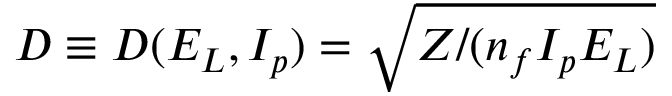
D \equiv D ( E _ { L } , I _ { p } ) = \sqrt { Z / ( n _ { f } { I _ { p } } E _ { L } ) }